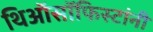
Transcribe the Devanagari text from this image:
थिऑसॉफिस्टांनी